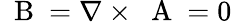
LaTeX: \mathrm{~\mathbf~B~}=\nabla\times\mathrm{~\mathbf~A~}=0